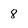
Character: 8